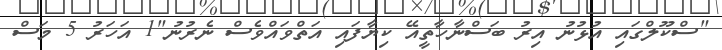
"ސްކޫލްގައި އުޅުނު އިރު ބަސްނާހާތީއޭ ކިޔާފައި އަތްވައްވެސް ނެރުނު"1 އަހަރު 5 މަސް